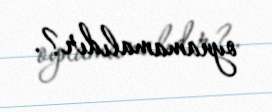
oynamamalıdır?.